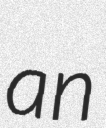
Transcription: an